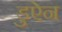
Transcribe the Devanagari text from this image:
डुऐन